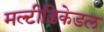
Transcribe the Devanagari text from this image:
मल्टीडिकेडल